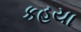
કહયા